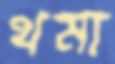
থমা